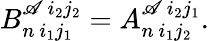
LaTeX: B_{n\ i_{1}j_{1}}^{\mathscr{A}\ i_{2}j_{2}}=A_{n\ i_{1}j_{2}}^{\mathscr{A}\ i_{2}j_{1}}.